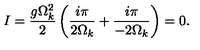
I = \frac { g \Omega _ { k } ^ { 2 } } { 2 } \left( \frac { i \pi } { 2 \Omega _ { k } } + \frac { i \pi } { - 2 \Omega _ { k } } \right) = 0 .